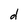
Character: d